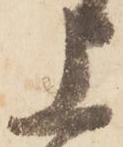
上